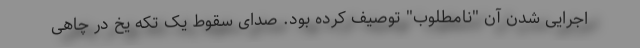
اجرایی شدن آن "نامطلوب" توصیف کرده بود. صدای سقوط یک تکه یخ در چاهی